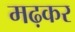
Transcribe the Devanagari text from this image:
मढ़कर